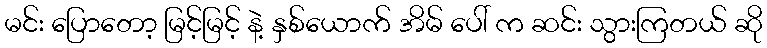
မင်း ပြောတော့ မြင့်မြင့် နဲ့ နှစ်ယောက် အိမ် ပေါ် က ဆင်း သွားကြတယ် ဆို